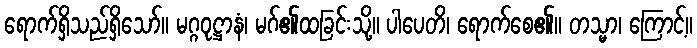
ရောက်ရှိသည်ရှိသော်။ မဂ္ဂဝုဋ္ဌာနံ၊ မဂ်၏ထခြင်းသို့။ ပါပေတိ၊ ရောက်စေ၏။ တသ္မာ၊ ကြောင့်။